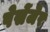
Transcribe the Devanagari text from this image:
पेसेंजेर